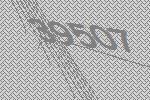
39507